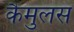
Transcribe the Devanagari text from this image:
कैमुलस